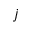
j